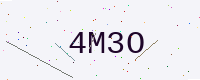
Text: 4M3O